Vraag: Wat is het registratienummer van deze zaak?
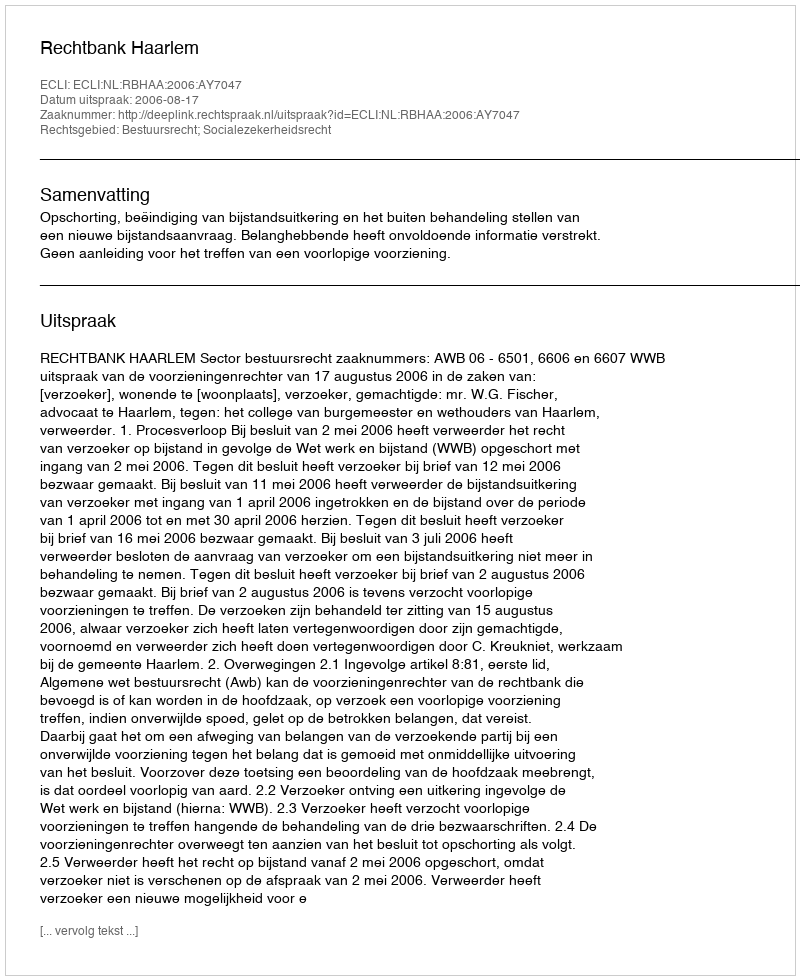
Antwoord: http://deeplink.rechtspraak.nl/uitspraak?id=ECLI:NL:RBHAA:2006:AY7047